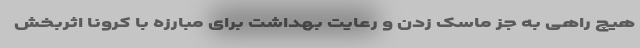
هیچ راهی به جز ماسک زدن و رعایت بهداشت برای مبارزه با کرونا اثربخش